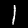
Label: 1